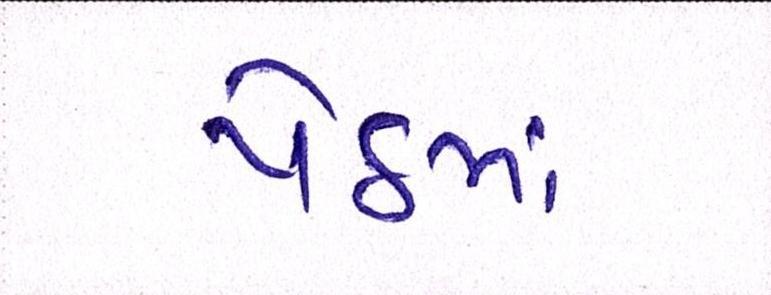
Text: પેઠમાં